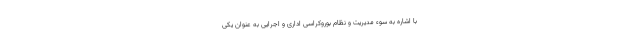
با اشاره به سوء مدیریت و نظام بوروکراسی اداری و اجرایی به عنوان یکی